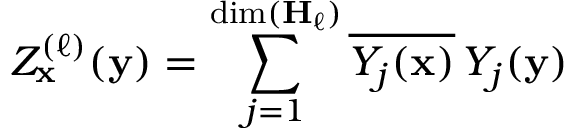
Z _ { \mathbf { x } } ^ { ( \ell ) } ( { \mathbf { y } } ) = \sum _ { j = 1 } ^ { \dim ( \mathbf { H } _ { \ell } ) } { \overline { { Y _ { j } ( { \mathbf { x } } ) } } } \, Y _ { j } ( { \mathbf { y } } )